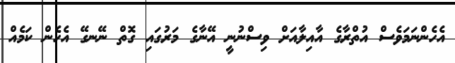
އެހެންނަމަވެސް އުތްރާގެ އާއިލާއަށް ވިސްނުނީ އޭނާގެ މަރުގައި ގޮތް ނޭނގޭ އެހެން ކަމެއް